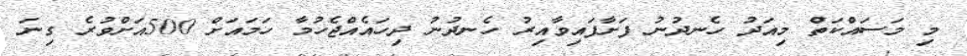
މި މަސައްކަތް މިއަދު ހެނދުނު ފަށާފައިވާއިރު ހެނދުނު ދިހައެއްޖެހުމާ ހަމައަށް 500އަށްވުރެ ގިނަ